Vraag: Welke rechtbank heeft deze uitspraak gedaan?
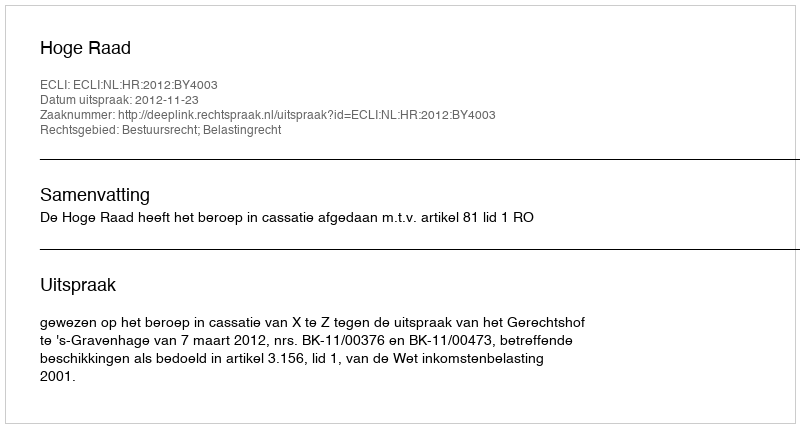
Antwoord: Hoge Raad